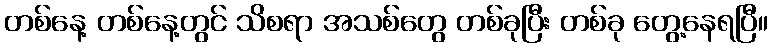
တစ်နေ့ တစ်နေ့တွင် သိစရာ အသစ်တွေ တစ်ခုပြီး တစ်ခု တွေ့နေရပြီ။